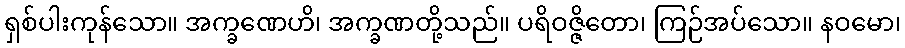
ရှစ်ပါးကုန်သော။ အက္ခဏေဟိ၊ အက္ခဏတို့သည်။ ပရိဝဇ္ဇိတော၊ ကြဉ်အပ်သော။ နဝမော၊